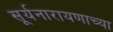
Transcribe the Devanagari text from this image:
सूर्यनारायणाच्या